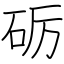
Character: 砺